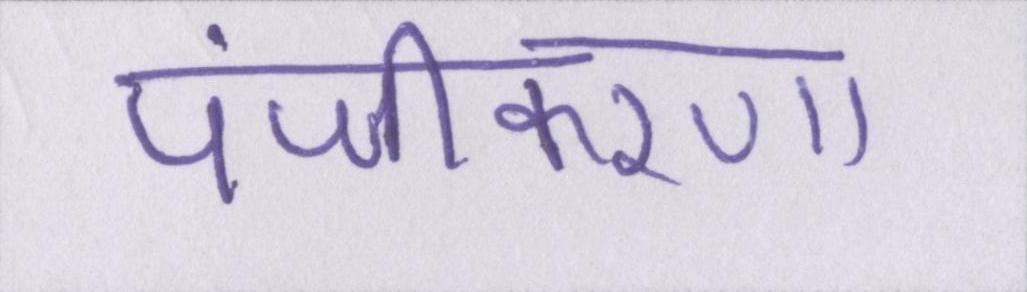
पंजीकरण